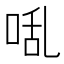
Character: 𭈅